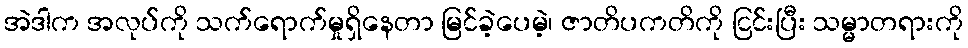
အဲဒါက အလုပ်ကို သက်ရောက်မှုရှိနေတာ မြင်ခဲ့ပေမဲ့၊ ဇာတိပကတိကို ငြင်းပြီး သမ္မာတရားကို